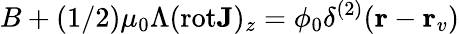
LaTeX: B+(1/2)\mu_{0}\Lambda(\mathrm{rot}{\mathbf J})_{z}=\phi_{0}\delta^{(2)}({\mathbf r}-{\mathbf r}_{v})